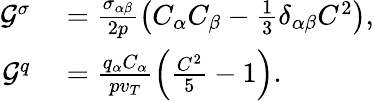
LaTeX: \begin{array}{rl}{\mathcal{G}^{\sigma}}&{{}=\frac{\sigma_{\alpha\beta}}{2p}\left(C_{\alpha}C_{\beta}-\frac{1}{3}\delta_{\alpha\beta}C^{2}\right),}\\ {\mathcal{G}^{q}}&{{}=\frac{q_{\alpha}C_{\alpha}}{pv_{T}}\left(\frac{C^{2}}{5}-1\right).}\end{array}